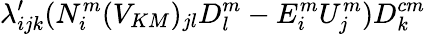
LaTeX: \lambda_{ijk}^{\prime}(N_{i}^{m}(V_{KM})_{jl}D_{l}^{m}-E_{i}^{m}U_{j}^{m})D_{k}^{cm}